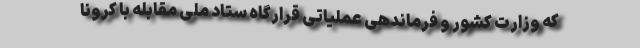
که وزارت کشور و فرماندهی عملیاتی قرارگاه ستاد ملی مقابله با کرونا